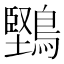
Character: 𪅤